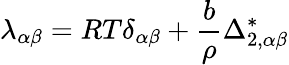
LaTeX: \lambda_{\alpha\beta}=RT\delta_{\alpha\beta}+\frac{b}{\rho}\Delta_{2,\alpha\beta}^{*}